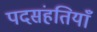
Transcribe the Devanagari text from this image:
पदसंहतियाँ